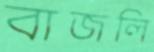
বাজলি